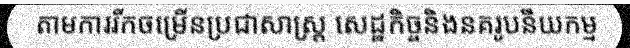
តាមការរីកចម្រើនប្រជាសាស្ត្រ សេដ្ឋកិច្ចនិងនគរូបនីយកម្ម